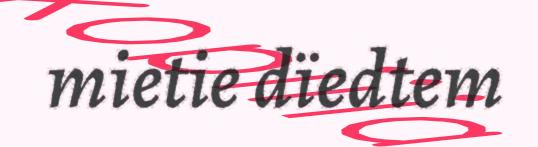
mietie dïedtem